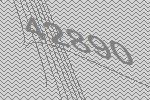
42890